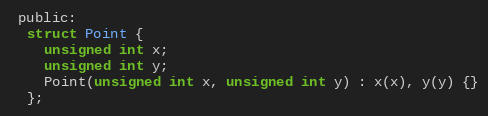
Language: C
 public:
  struct Point {
    unsigned int x;
    unsigned int y;
    Point(unsigned int x, unsigned int y) : x(x), y(y) {}
  };